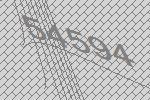
54594